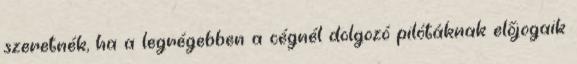
szeretnék, ha a legrégebben a cégnél dolgozó pilótáknak előjogaik